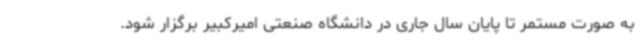
به صورت مستمر تا پایان سال جاری در دانشگاه صنعتی امیرکبیر برگزار شود.